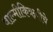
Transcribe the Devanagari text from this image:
वाल्मीकिऋषीचे